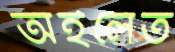
অইলেত